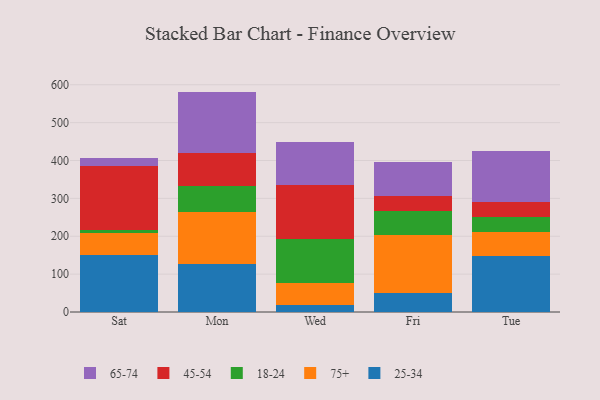
{"axis": {"x": "Day", "y": "Active Users"}, "legend": ["18-24", "25-34", "45-54", "65-74", "75+"], "data": [{"x": "Sat", "y": 151.7, "type": "25-34"}, {"x": "Sat", "y": 57.7, "type": "75+"}, {"x": "Sat", "y": 7.4, "type": "18-24"}, {"x": "Sat", "y": 167.8, "type": "45-54"}, {"x": "Sat", "y": 20.7, "type": "65-74"}, {"x": "Mon", "y": 126.4, "type": "25-34"}, {"x": "Mon", "y": 137.3, "type": "75+"}, {"x": "Mon", "y": 69.8, "type": "18-24"}, {"x": "Mon", "y": 87.0, "type": "45-54"}, {"x": "Mon", "y": 161.4, "type": "65-74"}, {"x": "Wed", "y": 17.2, "type": "25-34"}, {"x": "Wed", "y": 59.5, "type": "75+"}, {"x": "Wed", "y": 117.1, "type": "18-24"}, {"x": "Wed", "y": 141.9, "type": "45-54"}, {"x": "Wed", "y": 114.2, "type": "65-74"}, {"x": "Fri", "y": 50.0, "type": "25-34"}, {"x": "Fri", "y": 152.3, "type": "75+"}, {"x": "Fri", "y": 63.1, "type": "18-24"}, {"x": "Fri", "y": 40.7, "type": "45-54"}, {"x": "Fri", "y": 89.7, "type": "65-74"}, {"x": "Tue", "y": 149.1, "type": "25-34"}, {"x": "Tue", "y": 61.3, "type": "75+"}, {"x": "Tue", "y": 39.3, "type": "18-24"}, {"x": "Tue", "y": 40.1, "type": "45-54"}, {"x": "Tue", "y": 136.2, "type": "65-74"}]}